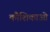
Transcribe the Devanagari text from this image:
कौशिकाओ